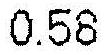
0.58